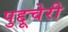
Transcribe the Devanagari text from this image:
पुद्दूचेरी